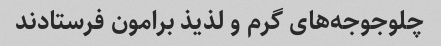
چلوجوجه‌های گرم و لذیذ برامون فرستادند